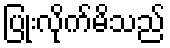
ပြုံးလိုက်မိသည်